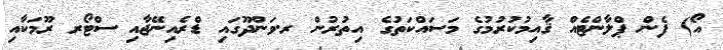
އޯ) ފެން ޕްލާންޓެއް ޤާއިމުކުރުމުގެ މަސައްކަތުގެ އިތުރުން ރ.ވަންދޫގައި ޑްރެއިނޭޖާއި ސްޓޯރ ރޫމަކާއި